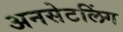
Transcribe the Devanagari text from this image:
अनसेटलिंग